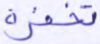
تخفوه